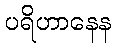
ပရိဟာနေန